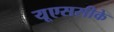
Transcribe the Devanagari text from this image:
यूएससीके